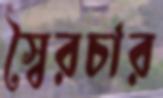
স্বৈরচার